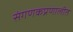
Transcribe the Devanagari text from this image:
संगणकप्रणालीत